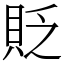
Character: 貶